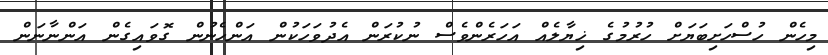
މިހެން ހުސްހަށިބަޔަށް ހުރުމުގެ ޚިޔާލެއް އަހަރެންވެސް ނުކުރަން އެދުވަހަކުން އަންހެނުން ގޮވައިގެން އަންނާނަން